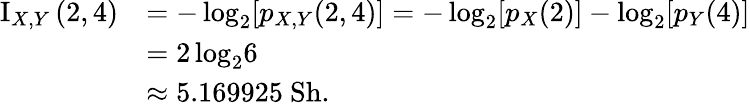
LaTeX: {\begin{array}{rl}{\operatorname{I}_{X,Y}{(2,4)}}&{=-\log_{2}\! {\left[p_{X,Y}{(2,4)}\right]}=-\log_{2}\! {\left[p_{X}(2)\right]}-\log_{2}\! {\left[p_{Y}(4)\right]}}\\ &{=2\log_{2}\! {6}}\\ &{\approx 5.169925{\mathrm{~Sh}}.}\end{array}}